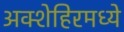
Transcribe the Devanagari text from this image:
अक्शेहिरमध्ये